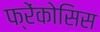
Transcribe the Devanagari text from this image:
फ्रेंकोसिस